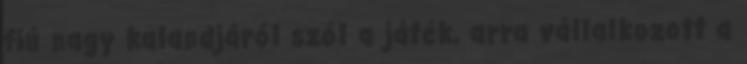
fiú nagy kalandjáról szól a játék, arra vállalkozott a